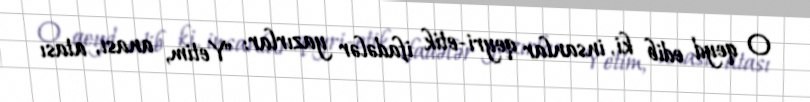
O qeyd edib ki, insanlar qeyri-etik ifadələr yazırlar: "Yetim, anası, atası